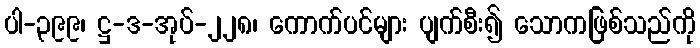
ပါ-၃၉၉၊ ဋ္ဌ-ဒ-အုပ်-၂၂၈၊ ကောက်ပင်များ ပျက်စီး၍ သောကဖြစ်သည်ကို